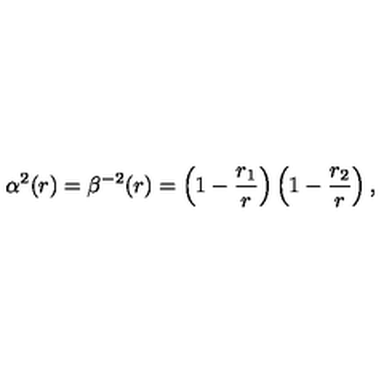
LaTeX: \alpha ^ { 2 } ( r ) = \beta ^ { - 2 } ( r ) = \left( 1 - { \frac { r _ { 1 } } { r } } \right) \left( 1 - { \frac { r _ { 2 } } { r } } \right) ,